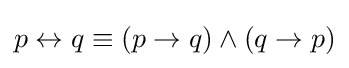
p\leftrightarrow q\equiv (p\rightarrow q)\wedge (q\rightarrow p)